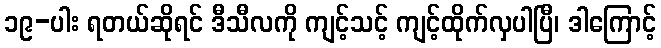
၁၉-ပါး ရတယ်ဆိုရင် ဒီသီလကို ကျင့်သင့် ကျင့်ထိုက်လှပါပြီ၊ ဒါကြောင့်